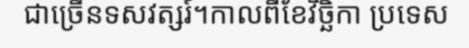
ជាច្រើនទសវត្សរ៍។កាលពីខែវិច្ឆិកា ប្រទេស